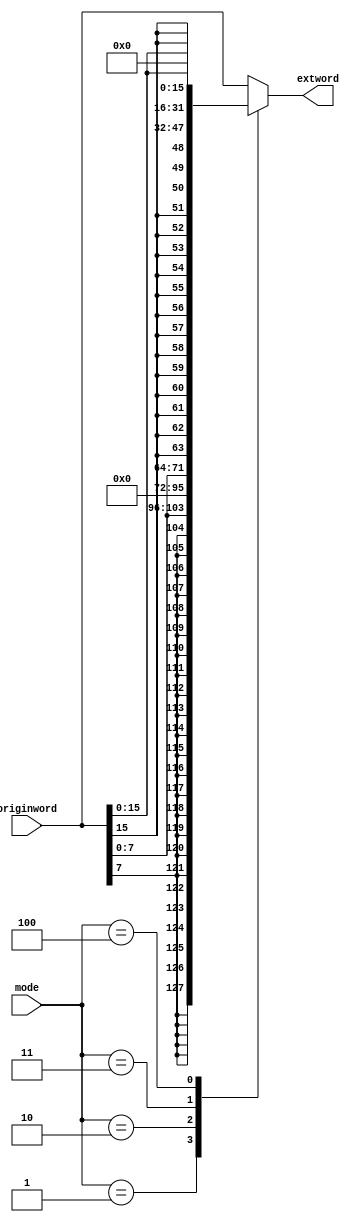
`timescale 1ns / 1ps
//////////////////////////////////////////////////////////////////////////////////
// Company: 
// Engineer: 
// 
// Design Name: 
// Module Name: EXTer
// Project Name: 
// Target Devices: 
// Tool Versions: 
// Description: 
// 
// Dependencies: 
// 
// Revision:
// Revision 0.01 - File Created
// Additional Comments:
// 
//////////////////////////////////////////////////////////////////////////////////


module EXTer(
    input  [31:0]       originword,
    input  [2:0]        mode,
    output reg [31:0]   extword
    );

    always @(*) begin
        case (mode)
            3'b000: extword=originword;
            3'b001: begin
                extword={{24{originword[7]}},originword[7:0]};
            end
            3'b010: extword={{24{1'b0}},originword[7:0]};
            3'b011: begin
                extword={{16{originword[15]}},originword[15:0]};
            end
            3'b100: extword={{16{1'b0}},originword[15:0]};
            default: extword=originword;
        endcase
    end
endmodule